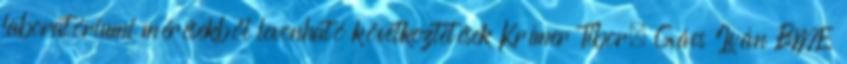
laboratóriumi mérésekből levonható következtetések Krímer Tibor. Gács Iván BME